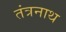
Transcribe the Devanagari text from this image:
तंत्रनाथ